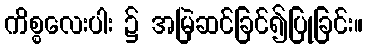
ကိစ္စလေးပါး ၌ အမြဲဆင်ခြင်၍ပြုခြင်း။